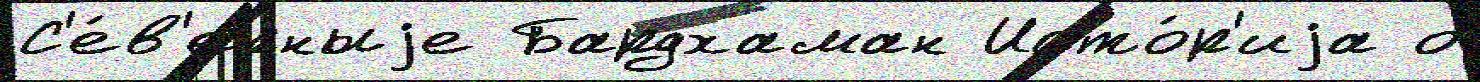
С'е́в'ерныjе Бардхаман Исто́р'иjа о